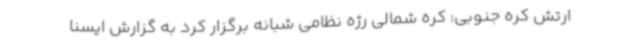
ارتش کره جنوبی: کره شمالی رژه نظامی شبانه برگزار کرد به گزارش ایسنا